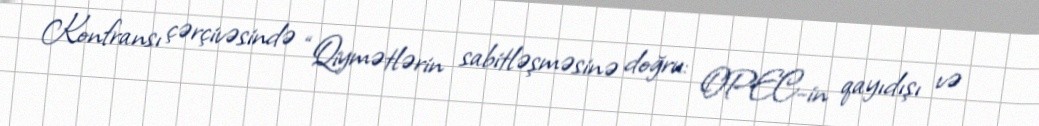
Konfransı çərçivəsində “Qiymətlərin sabitləşməsinə doğru: OPEC-in qayıdışı və